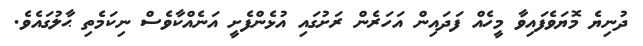
ދުނިޔެ މޮޔަވެފައިވާ މީހެއް ފަދައިން އަހަރެން ރަށުގައި އުޅެންފެށީ އަނެއްކާވެސް ނިކަމެތި ޙާލުގައެވެ.